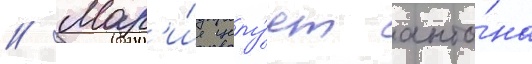
// Мар'и́я целу́ет анто́на